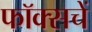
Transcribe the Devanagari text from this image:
फॉक्सचें